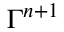
\Gamma ^ { n + 1 }